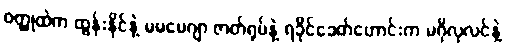
ဝတ္ထုထဲက ထွန်းနိုင်နဲ့ မမမေဂျာ ဇာတ်ရုပ်နဲ့ ရခိုင်ခေတ်ဟောင်းက မဂိုလုလင်နဲ့